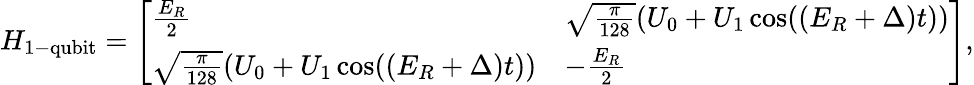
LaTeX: H_{\mathrm{1-qubit}}=\left[\begin{array}{ll}{\frac{E_{R}}{2}}&{\sqrt{\frac{\pi}{128}}(U_{0}+U_{1}\cos((E_{R}+\Delta)t))}\\ {\sqrt{\frac{\pi}{128}}(U_{0}+U_{1}\cos((E_{R}+\Delta)t))}&{-\frac{E_{R}}{2}}\end{array}\right],